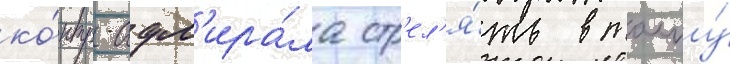
ко́нтр-адм'ира́ла стр'ел'я́ть в толпу́